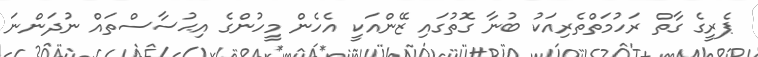
ޕެރީގެ ގާތް ރަހުމަތްތެރިއަކު ބުނާ ގޮތުގައި ޒޭންއަކީ އެހެން މީހުންގެ އިޙުސާސްތައް ނުދަަންނަ